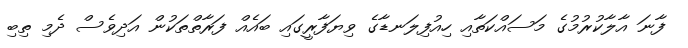
ފާނަ އާލާކުރުމުގެ މަސައްކަތާއި ހިއުފިލަނޑާގެ ވިޔަފާރީގައި ބައެއް ފަރާތްތަކުން އަދިވެސް ދެމި ތިބި